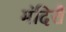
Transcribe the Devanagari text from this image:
मंदिरौं